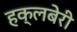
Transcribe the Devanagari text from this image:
हक्लबेरी